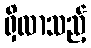
ရှိလာသည့်